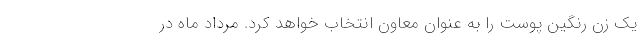
یک زن رنگین پوست را به عنوان معاون انتخاب خواهد کرد. مرداد ماه در